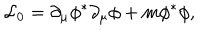
{ \cal L } _ { 0 } = \partial _ { \mu } \phi ^ { \ast } \partial _ { \mu } \phi + m \phi ^ { \ast } \phi ,